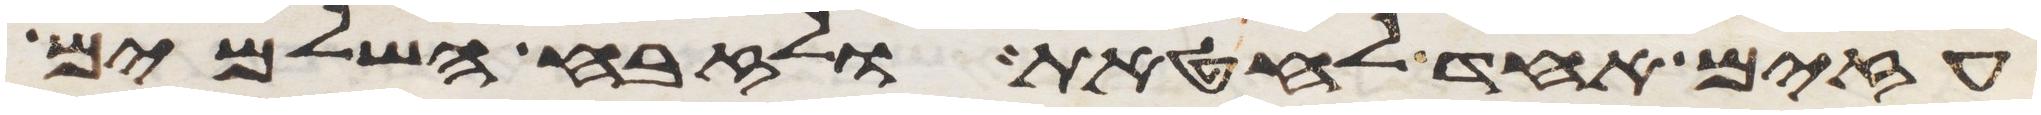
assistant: עזים אחד לחטאת ולזבח השלמים